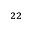
^ { 2 2 }